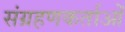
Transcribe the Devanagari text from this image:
संग्रहणकर्ताओं